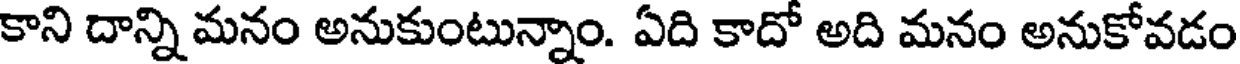
కాని దాన్ని మనం అనుకుంటున్నాం. ఏది కాదో అది మనం అనుకోవడం